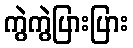
ကွဲကွဲပြားပြား